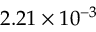
2 . 2 1 \times 1 0 ^ { - 3 }